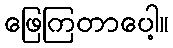
ဖြေကြတာပေါ့။